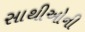
સાથીઓની